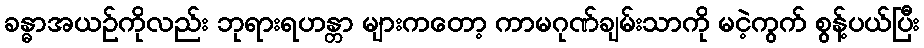
ခန္ဓာအယဉ်ကိုလည်း ဘုရားရဟန္တာ များကတော့ ကာမဂုဏ်ချမ်းသာကို မငဲ့ကွက် စွန့်ပယ်ပြီး